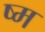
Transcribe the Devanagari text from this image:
ष्म